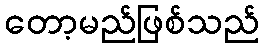
တော့မည်ဖြစ်သည်